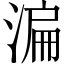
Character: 㴜